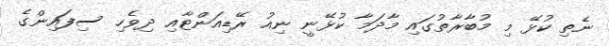
ނެތި ކުޅޭ މި މުބާރާތުގައި މާދަމާ ކުޅޭނީ ނިއު ރޭޑިއަންޓާއި ދިވެހި ސިފައިންގެ